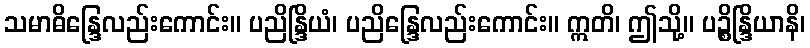
သမာဓိန္ဒြေလည်းကောင်း။ ပညိန္ဒြိယံ၊ ပညိန္ဒြေလည်းကောင်း။ ဣတိ၊ ဤသို့။ ပဉ္စိန္ဒြိယာနိ၊